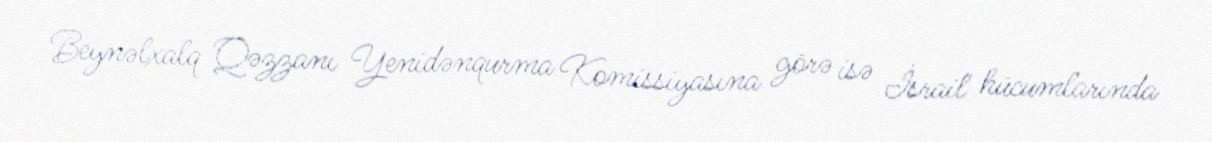
Beynəlxalq Qəzzanı Yenidənqurma Komissiyasına görə isə İsrail hücumlarında